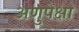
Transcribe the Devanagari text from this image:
अणुपेक्षा